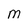
Character: M